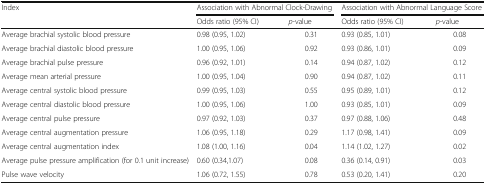
<table><thead><tr><td rowspan="2"><b>Index</b></td><td colspan="2"><b>Association with Abnormal Clock-Drawing</b></td><td colspan="2"><b>Association with Abnormal Language Score</b></td></tr><tr><td><b>Odds ratio (95% CI)</b></td><td><b><i>p</i>-value</b></td><td><b>Odds ratio (95% CI)</b></td><td><b><i>p</i>-value</b></td></tr></thead><tbody><tr><td>Average brachial systolic blood pressure</td><td>0.98 (0.95, 1.02)</td><td>0.31</td><td>0.93 (0.85, 1.01)</td><td>0.08</td></tr><tr><td>Average brachial diastolic blood pressure</td><td>1.00 (0.95, 1.06)</td><td>0.92</td><td>0.93 (0.86, 1.01)</td><td>0.09</td></tr><tr><td>Average brachial pulse pressure</td><td>0.96 (0.92, 1.01)</td><td>0.14</td><td>0.94 (0.87, 1.02)</td><td>0.12</td></tr><tr><td>Average mean arterial pressure</td><td>1.00 (0.95, 1.04)</td><td>0.90</td><td>0.94 (0.87, 1.02)</td><td>0.11</td></tr><tr><td>Average central systolic blood pressure</td><td>0.99 (0.95, 1.03)</td><td>0.55</td><td>0.95 (0.89, 1.01)</td><td>0.12</td></tr><tr><td>Average central diastolic blood pressure</td><td>1.00 (0.95, 1.06)</td><td>1.00</td><td>0.93 (0.85, 1.01)</td><td>0.09</td></tr><tr><td>Average central pulse pressure</td><td>0.97 (0.92, 1.03)</td><td>0.37</td><td>0.97 (0.88, 1.06)</td><td>0.48</td></tr><tr><td>Average central augmentation pressure</td><td>1.06 (0.95, 1.18)</td><td>0.29</td><td>1.17 (0.98, 1.41)</td><td>0.09</td></tr><tr><td>Average central augmentation index</td><td>1.08 (1.00, 1.16)</td><td>0.04</td><td>1.14 (1.02, 1.27)</td><td>0.02</td></tr><tr><td>Average pulse pressure amplification (for 0.1 unit increase)</td><td>0.60 (0.34,1.07)</td><td>0.08</td><td>0.36 (0.14, 0.91)</td><td>0.03</td></tr><tr><td>Pulse wave velocity</td><td>1.06 (0.72, 1.55)</td><td>0.78</td><td>0.53 (0.20, 1.41)</td><td>0.20</td></tr></tbody></table>